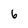
Character: 6